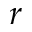
\boldsymbol { r }